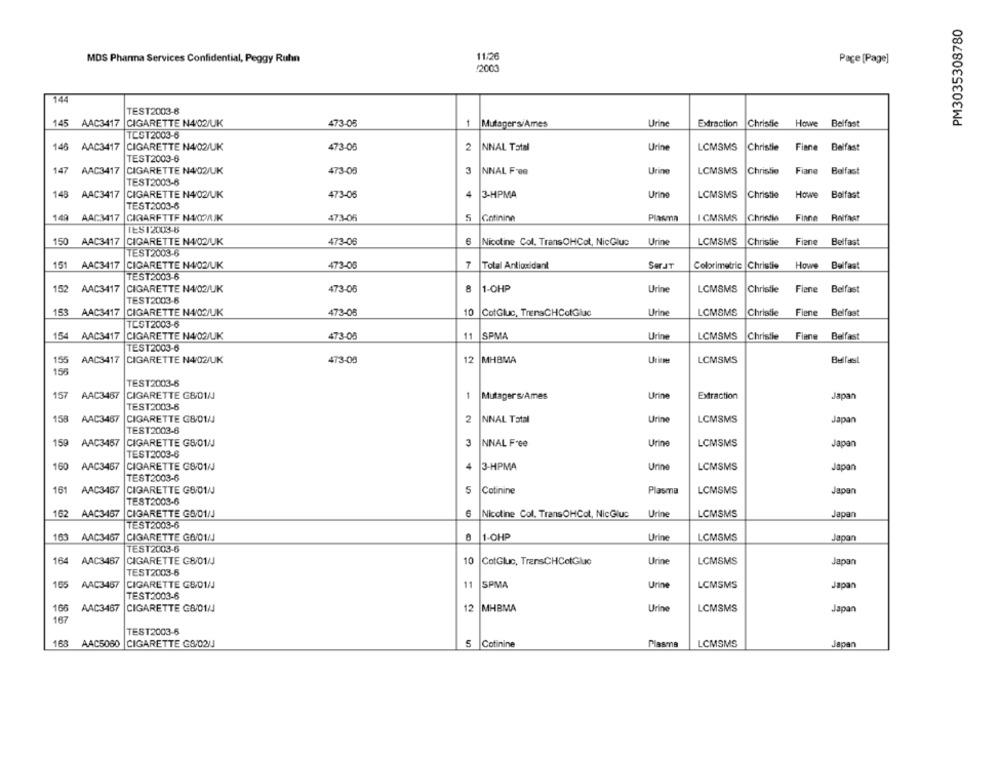
PM3035308780
MOS Phanna Services Confidential, Peggy Ruhn
11:26
Page [Page]
/2000
144
TEST2003-8
145 AAC3417
CIGARETTE N4/02/UK
473-08
1
Mutager's/Ames
Urine
Extraction
Christie Howe Belfast
TEST2003-6
146 AAC3417
CIGARETTE N4/02/UK
473-08
2
NNAL Total
Urine
LCMSMS
Christie Finne Belfast
TEST2003-6
147
AAC3417
CIGARETTE N4/02/UK
473-08
3
NNAL F-08
Urine
LCMSMS
Christie
Fiane Belfast
TEST2003-6
148 AAC3417
CIGARETTE N4/02/UK
473-05
4
3-HPMA
Urine
LCMSMS
Christie
Howe
Belfast
TEST2003-6
1.40
AAC3417
CIGARETTE NAOPAK
473-06
5
Gotininn
Plasma
I CMSMS
Christie
Finne
IES12003-6
150 AAC3417 CIGARETTE N4/02/UK
473-08
6
Nicotine Col. TransOHCol, NicGluc
Urine
LCMSMS
Christie
Fiene
Belfast
TEST2003-6
151 AAC3417
CIGARETTE N4/02/UK
473-00
7
Total Antioxidant
SHIT
Colorimetric Christie Howe Belfast
TEST2003-6
152 AAC3417
CIGARETTE N4/02/UK
473-06
8
1-OHP
Urine
LCMSMS
Christie Fiene Belfast
TEST2003-6
153 AAC3417 CIGARETTE N4/02/UK
473-05
10
CotGluc, TrenaCHCotGluc
Urine
LCMSMS
Christie
Fiene Belfast
TEST2003-8
154 AAC3417 CIGARETTE N4/02/UK
473-05
11
SPMA
Urine
LCMSMS
Christie
Fiane Belfast
TEST2003-6
155
AAC3417
CIGARETTE N4/02/UK
473-08
12
MHBMA
LCMSMS
Belfast
155
TEST2003-8
157
AAC3467
CIGARETTE G&/01/J
1
Mutager s/Ames
Urine
Extraction
Japan
TEST2003-6
158
AAC3467
CIGARETTE G8/01/
2
NNAL Total
Urine
LCMSMS
Japan
TEST2003-6
3
NNAL Free
LCMSMS
Japan
159 AAC3457
CIGARETTE G8/01/
Urine
TEST2003-6
160 AAC3467
CIGARETTE G8/01/J
3-HPMA
Urine
LCMSMS
Japon
TEST2003-6
161 AAC3467
CIGARETTE G8/01/
S
Cotinine
Plasma
LCMSMS
Japan
TEST2003-6
162 AAC3467 |CIGARETTE GR/01/J
Nicotine Col. TransOHCot, NicGluc
Urine
LCMSMS
Japan
TEST2003-6
103 AAC3467
CIGARETTE G6/01/J
1-OHP
Urine
LCMSMS
Japan
TEST2003-6
164 AAC3467
CIGARETTE G8/01/J
10
CotGluc, TransCHCotGluc
Urine
LCMSMS
Japan
TEST2003-5
165
AAC3457
CIGARETTE GB/01/J
11
SPMA
Urine
LCMSMS
Japan
TEST2003-6
166
AAC3467
CIGARETTE G&/01/
12
MHBMA
Urine
LCMSMS
Japan
167
TEST2003-6
168
AAC5060
CIGARETTE G8/02/J
5
Cotinine
LCMSMS
Japan